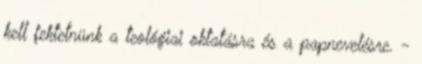
kell fektetnünk a teológiai oktatásra és a papnevelésre. -